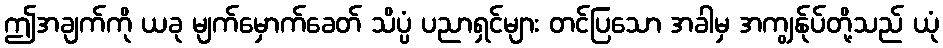
ဤအချက်ကို ယခု မျက်မှောက်ခေတ် သိပ္ပံ ပညာရှင်များ တင်ပြသော အခါမှ အကျွန်ုပ်တို့သည် ယုံ